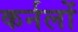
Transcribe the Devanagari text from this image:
कर्नलों